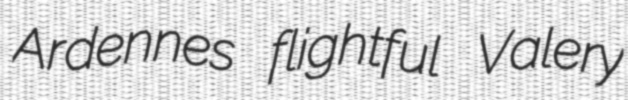
Ardennes flightful Valery